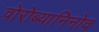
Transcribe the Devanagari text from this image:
वोरोब्यानिनोव